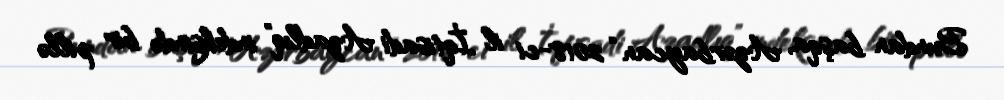
Bundan başqa, Azərbaycan “2018-ci il İqtisadi Azadlıq” indeksində bir pillə